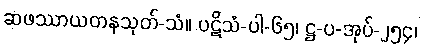
ဆဖဿာယတနသုတ်-သံ။ ပဋိသံ-ပါ-၆၅၊ ဋ္ဌ-ပ-အုပ်-၂၅၄၊